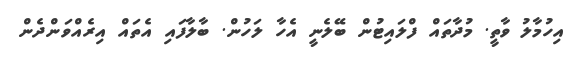
އިހުމާލު ވާތީ. މުދާތައް ފްލައިޓުން ބޭލެނީ އެހާ ލަހުން. ބާލާފައި އެތައް އިރެއްވަންދެން